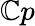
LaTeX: \mathbb{C}p